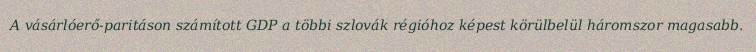
A vásárlóerő-paritáson számított GDP a többi szlovák régióhoz képest körülbelül háromszor magasabb.